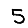
Digit: 5